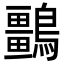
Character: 𪇏